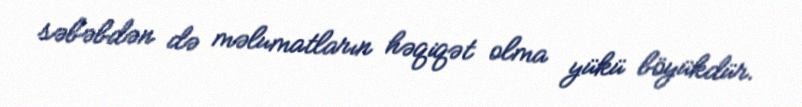
səbəbdən də məlumatların həqiqət olma yükü böyükdür.